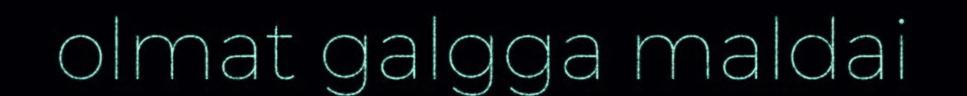
olmat galgga maldai